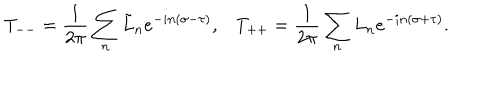
T _ { -- } = \frac { 1 } { 2 \pi } \sum _ { n } \tilde { L } _ { n } e ^ { - i n ( \sigma - \tau ) } , T _ { + + } = \frac { 1 } { 2 \pi } \sum _ { n } L _ { n } e ^ { - i n ( \sigma + \tau ) } .